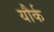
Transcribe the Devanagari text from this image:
यौर्क